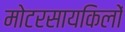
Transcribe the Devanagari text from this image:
मोटरसायकिलों